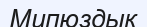
Мипюздык